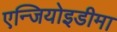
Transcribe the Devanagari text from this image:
एन्जियोइडीमा